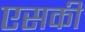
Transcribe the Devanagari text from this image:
एसकी